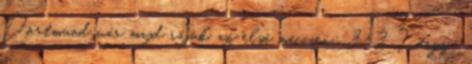
Dortmund vár majd rájuk. az első meccsen: 3-2 Tárgy: